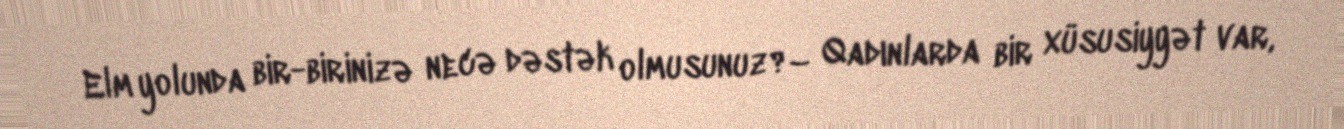
Elm yolunda bir-birinizə necə dəstək olmusunuz?– Qadınlarda bir xüsusiyyət var,